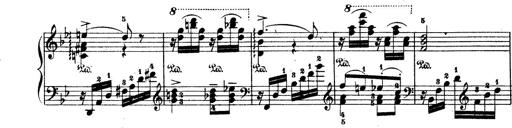
Title: Wagner-Liszt Album
Composer: Franz Liszt